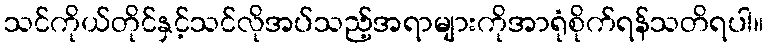
သင်ကိုယ်တိုင်နှင့်သင်လိုအပ်သည့်အရာများကိုအာရုံစိုက်ရန်သတိရပါ။